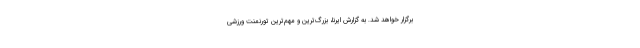
برگزار خواهد شد. به گزارش ایرنا، بزرگ‌ترین و مهم‌ترین تورنمنت ورزشی